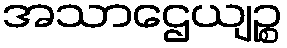
အသာဌေယျဉ္စ